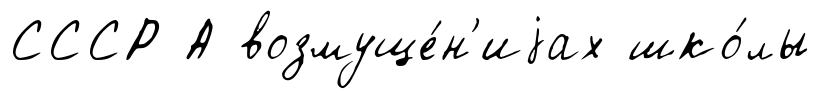
СССР А возмуще́н'иjах шко́лы